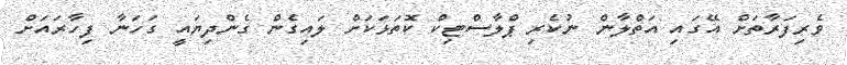
ވެރިފަރާތަށް އޭގައި އަތްލާން ނުކެރި ޕްލާސްޓިކް ކޮތަޅަކަށް ލައިގެން ގެންދިޔައީ ގަހަނާ ފިހާރައަށް